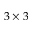
3 \times 3